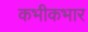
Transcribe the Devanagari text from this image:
कभीकभार